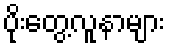
ပိုးတွေ့လူနာများ